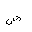
Letter: _dad